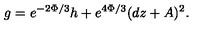
g = e ^ { - 2 \Phi / 3 } h + e ^ { 4 \Phi / 3 } ( d z + A ) ^ { 2 } .